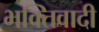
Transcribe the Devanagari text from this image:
भक्तिवादी